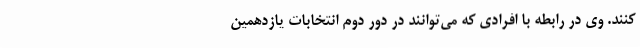
کنند. وی در رابطه با افرادی که می‌توانند در دور دوم انتخابات یازدهمین